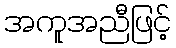
အကူအညီဖြင့်